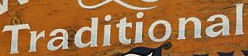
Traditional